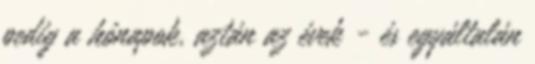
pedig a hónapok, aztán az évek - és egyáltalán